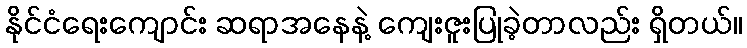
နိုင်ငံရေးကျောင်း ဆရာအနေနဲ့ ကျေးဇူးပြုခဲ့တာလည်း ရှိတယ်။